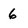
Character: 6